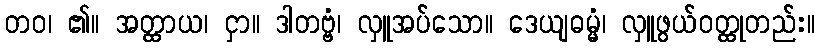
တဝ၊ ၏။ အတ္ထာယ၊ ငှာ။ ဒါတဗ္ဗံ၊ လှူအပ်သော။ ဒေယျဓမ္မံ၊ လှူဖွယ်ဝတ္ထုတည်း။